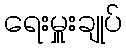
ရေးမှူးချုပ်